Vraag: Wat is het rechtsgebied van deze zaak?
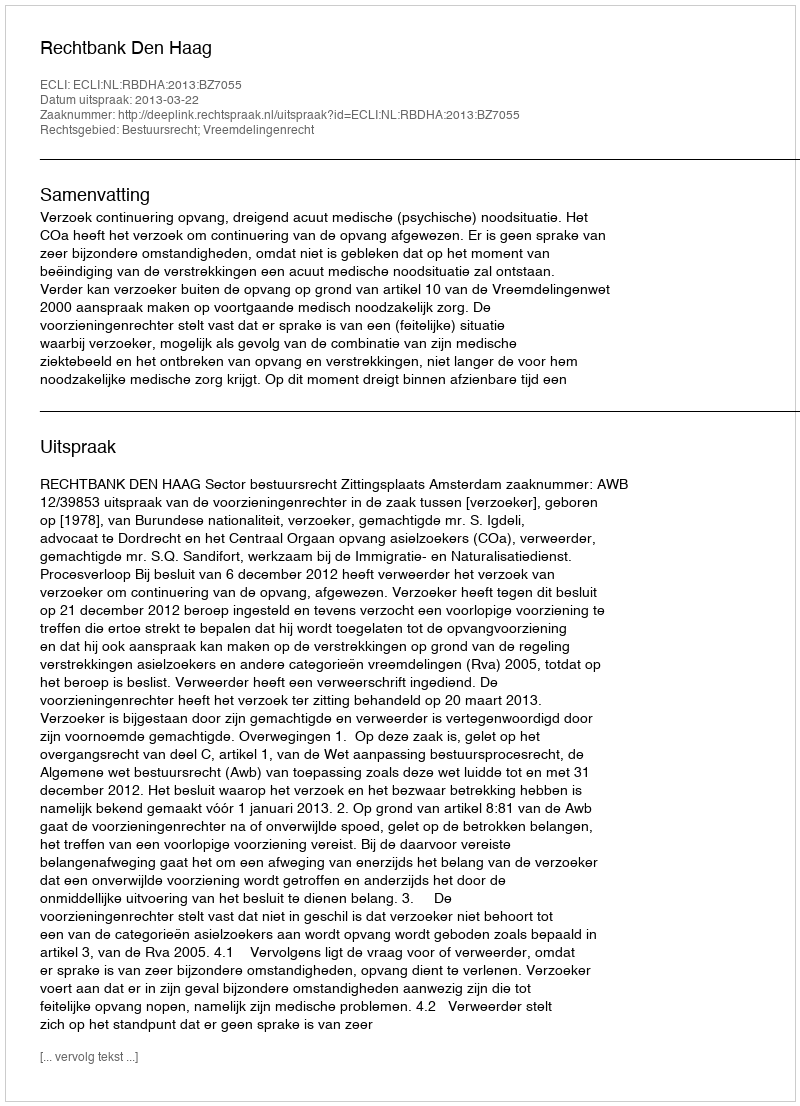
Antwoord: Bestuursrecht; Vreemdelingenrecht